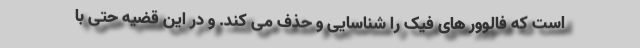
است که فالوور های فیک را شناسایی و حذف می کند. و در این قضیه حتی با